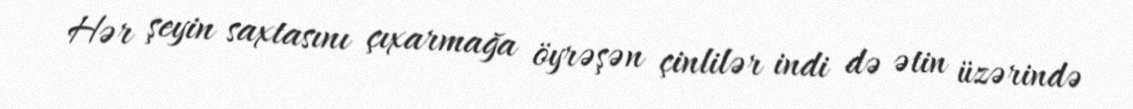
Hər şeyin saxtasını çıxarmağa öyrəşən çinlilər indi də ətin üzərində